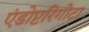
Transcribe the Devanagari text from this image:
एंडोप्टरिगोटा